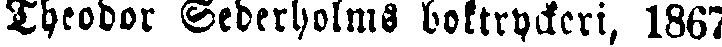
Theodor Sederholms boktryckeri, 1867